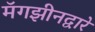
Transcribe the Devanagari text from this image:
मॅगझीनद्वारे